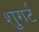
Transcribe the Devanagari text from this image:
शुगर्ट